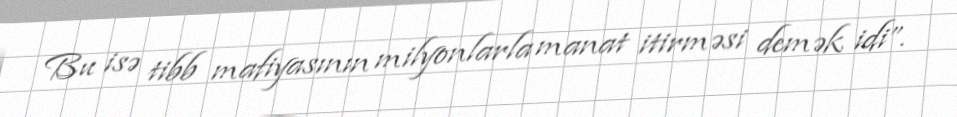
Bu isə tibb mafiyasının milyonlarla manat itirməsi demək idi”.